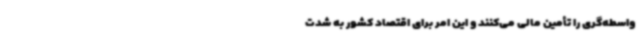
واسطه‌گری را تأمین مالی می‌کنند و این امر برای اقتصاد کشور به شدت